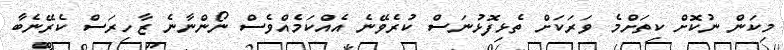
މިކަން ނުކޮށް ކިތަށްމެ ވަރަކަށް ތެޅިފޮޅުނަސް ކުރެވޭނެ އެއްކަމެއްވެސް ނޯންނާނެ ޒާހިރަސް ކެރޭނެބާ